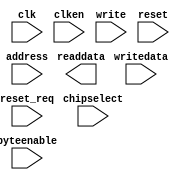
module monitor_cpu_onchip_memory (
		input  wire        clk,        //   clk1.clk
		input  wire [13:0] address,    //     s1.address
		input  wire        clken,      //       .clken
		input  wire        chipselect, //       .chipselect
		input  wire        write,      //       .write
		output wire [31:0] readdata,   //       .readdata
		input  wire [31:0] writedata,  //       .writedata
		input  wire [3:0]  byteenable, //       .byteenable
		input  wire        reset,      // reset1.reset
		input  wire        reset_req   //       .reset_req
	);
endmodule